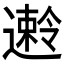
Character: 𫑅